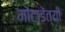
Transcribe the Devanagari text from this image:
मोंटाडेंत्यी